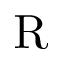
\mathrm { R }